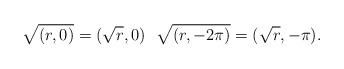
LaTeX: \begin{align*} \sqrt{(r,0)}=(\sqrt{r},0)\ \ \sqrt{(r,-2\pi)}=(\sqrt{r},-\pi ). \end{align*}